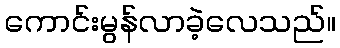
ကောင်းမွန်လာခဲ့လေသည်။